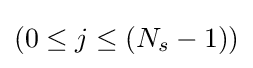
(0\leq j\leq (N_{s}-1))